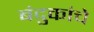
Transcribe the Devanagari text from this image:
बंदुकांचे